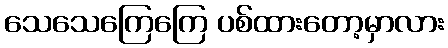
သေသေကြေကြေ ပစ်ထားတော့မှာလား